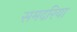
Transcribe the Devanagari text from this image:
समदरिया